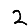
Digit: 2